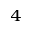
_ 4